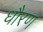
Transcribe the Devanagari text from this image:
धौरण